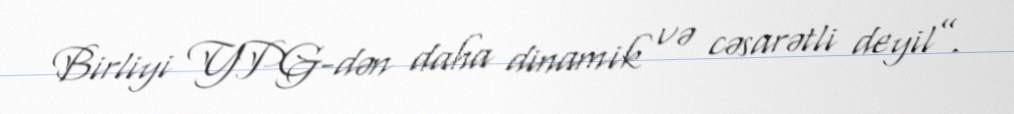
Birliyi YPG-dən daha dinamik və cəsarətli deyil”.